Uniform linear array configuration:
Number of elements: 4
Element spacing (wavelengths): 1
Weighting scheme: kaiser
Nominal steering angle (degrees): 30
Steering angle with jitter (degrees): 28.706
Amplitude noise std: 0.05
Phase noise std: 0.05

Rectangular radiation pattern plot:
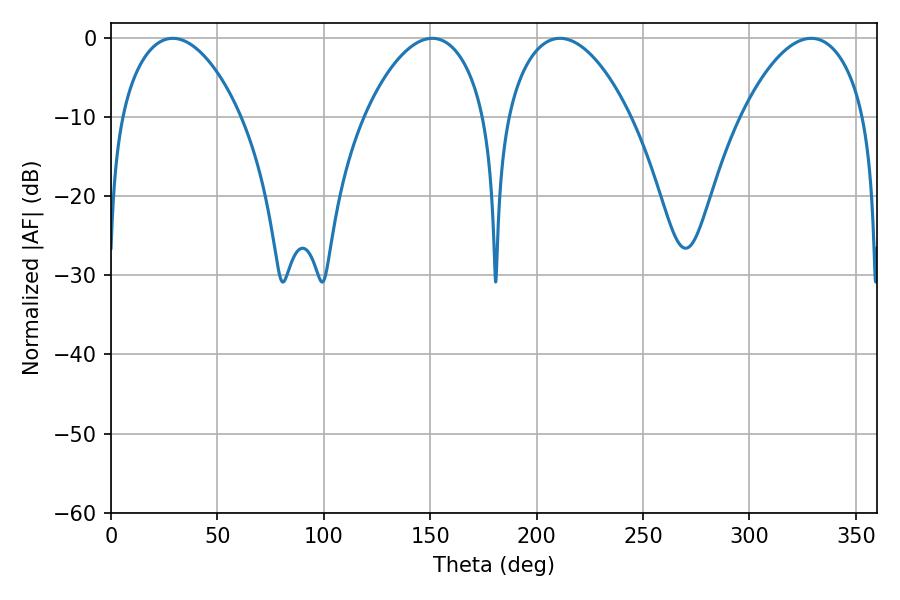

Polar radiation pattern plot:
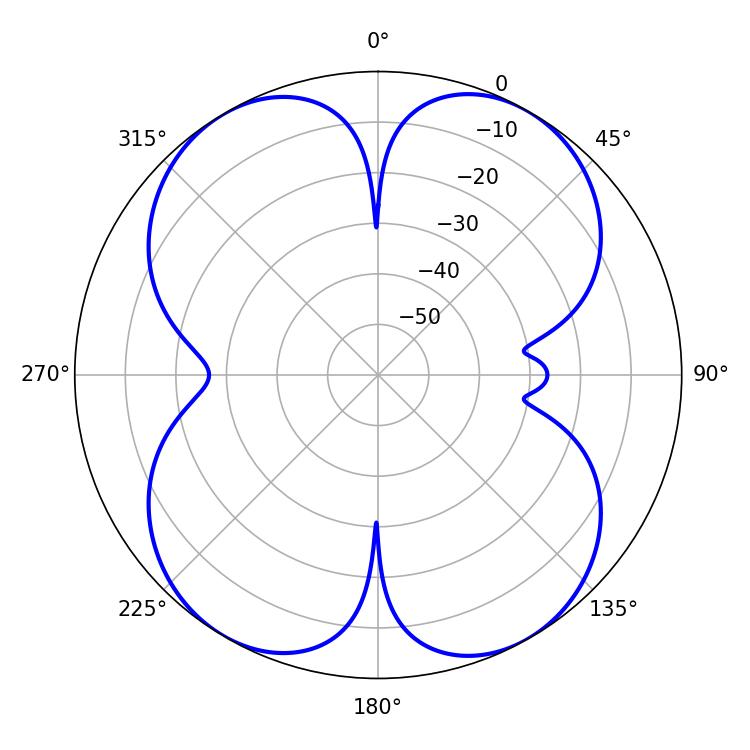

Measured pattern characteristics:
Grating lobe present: TRUE
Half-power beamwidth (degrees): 32.4
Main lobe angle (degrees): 210.96